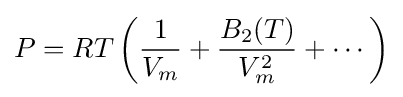
P=RT\left({\frac {1}{V_{m}}}+{\frac {B_{2}(T)}{V_{m}^{2}}}+\cdots \right)